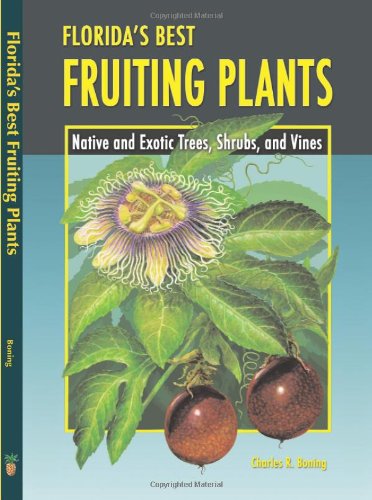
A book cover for Florida's Best Fruiting Plants: Native and Exotic Trees, Shrubs, and Vines; Charles R Boning; Crafts, Hobbies & Home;